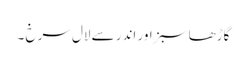
گاڑھا سبز اور اندر سے لال سرخ ۔